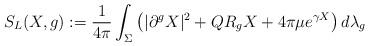
LaTeX: \begin{align*}S_L(X,{g}):= \frac{1}{4\pi}\int_{\Sigma}\big(|\partial^{{g}}X |^2+QR_{{g}} X +4\pi \mu e^{\gamma X }\big)\,d\lambda_{{g}} \end{align*}